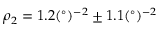
\rho _ { 2 } = 1 . 2 ( ^ { \circ } ) ^ { - 2 } \pm 1 . 1 ( ^ { \circ } ) ^ { - 2 }